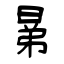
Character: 晜